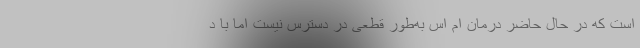
است که در حال حاضر درمان ام اس به‌طور قطعی در دسترس نیست اما با د